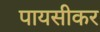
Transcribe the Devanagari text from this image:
पायसीकर